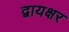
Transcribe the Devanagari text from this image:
द्वायक्षर